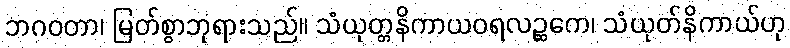
ဘဂဝတာ၊ မြတ်စွာဘုရားသည်။ သံယုတ္တနိကာယဝရလဉ္ဆကေ၊ သံယုတ်နိကာယ်ဟု